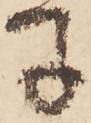
子